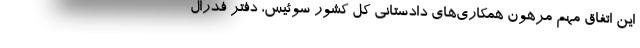
این اتفاق مهم مرهون همکاری‌های دادستانی کل کشور سوئیس، دفتر فدرال